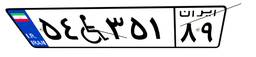
۰۹W۴۵۴۲۰